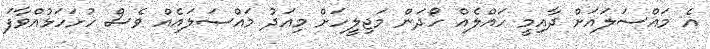
އެ މައްސަލައަށް ދާއިމީ ހައްލެއް ހޯދަން މަޖިލީހަށް މިއަދު މައްސަލައެއް ވެސް ހުށަހަޅުއްވާފަ